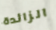
الزائدة